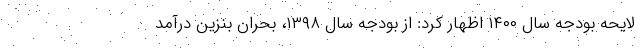
لایحه بودجه سال ۱۴۰۰ اظهار کرد: از بودجه سال ۱۳۹۸، بحران بنزین درآمد